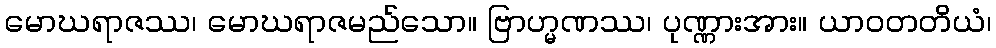
မောဃရာဇဿ၊ မောဃရာဇမည်သော။ ဗြာဟ္မဏဿ၊ ပုဏ္ဏားအား။ ယာဝတတိယံ၊